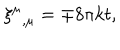
LaTeX: { \xi ^ { \mu } } _ { , \mu } = \mp 8 \pi k t ,